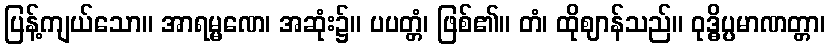
ပြန့်ကျယ်သော။ အာရမ္မဏေ၊ အဆုံး၌။ ပပတ္တံ၊ ဖြစ်၏။ တံ၊ ထိုဈာန်သည်။ ဝုဒ္ဓိပ္ပမာဏတ္တာ၊